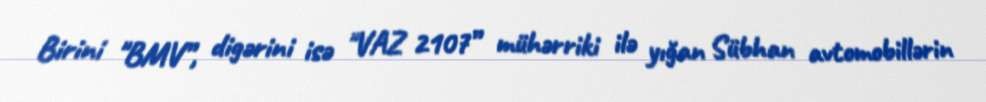
Birini "BMV”, digərini isə "VAZ 2107” mühərriki ilə yığan Sübhan avtomobillərin